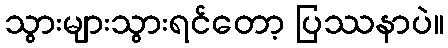
သွားများသွားရင်တော့ ပြဿနာပဲ။